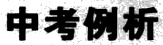
中考例析